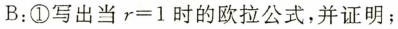
B：①写出当$$r = 1$$时的欧拉公式，并证明；